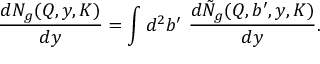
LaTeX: { \frac { d N _ { g } ( Q , y , K ) } { d y } } = \int d ^ { 2 } b ^ { \prime } \ { \frac { d \tilde { N } _ { g } ( Q , b ^ { \prime } , y , K ) } { d y } } .